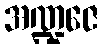
အဏ္ဍဇေ